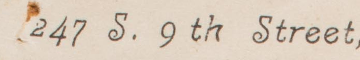
247 S. 9th Street,